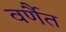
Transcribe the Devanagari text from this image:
वर्णैत